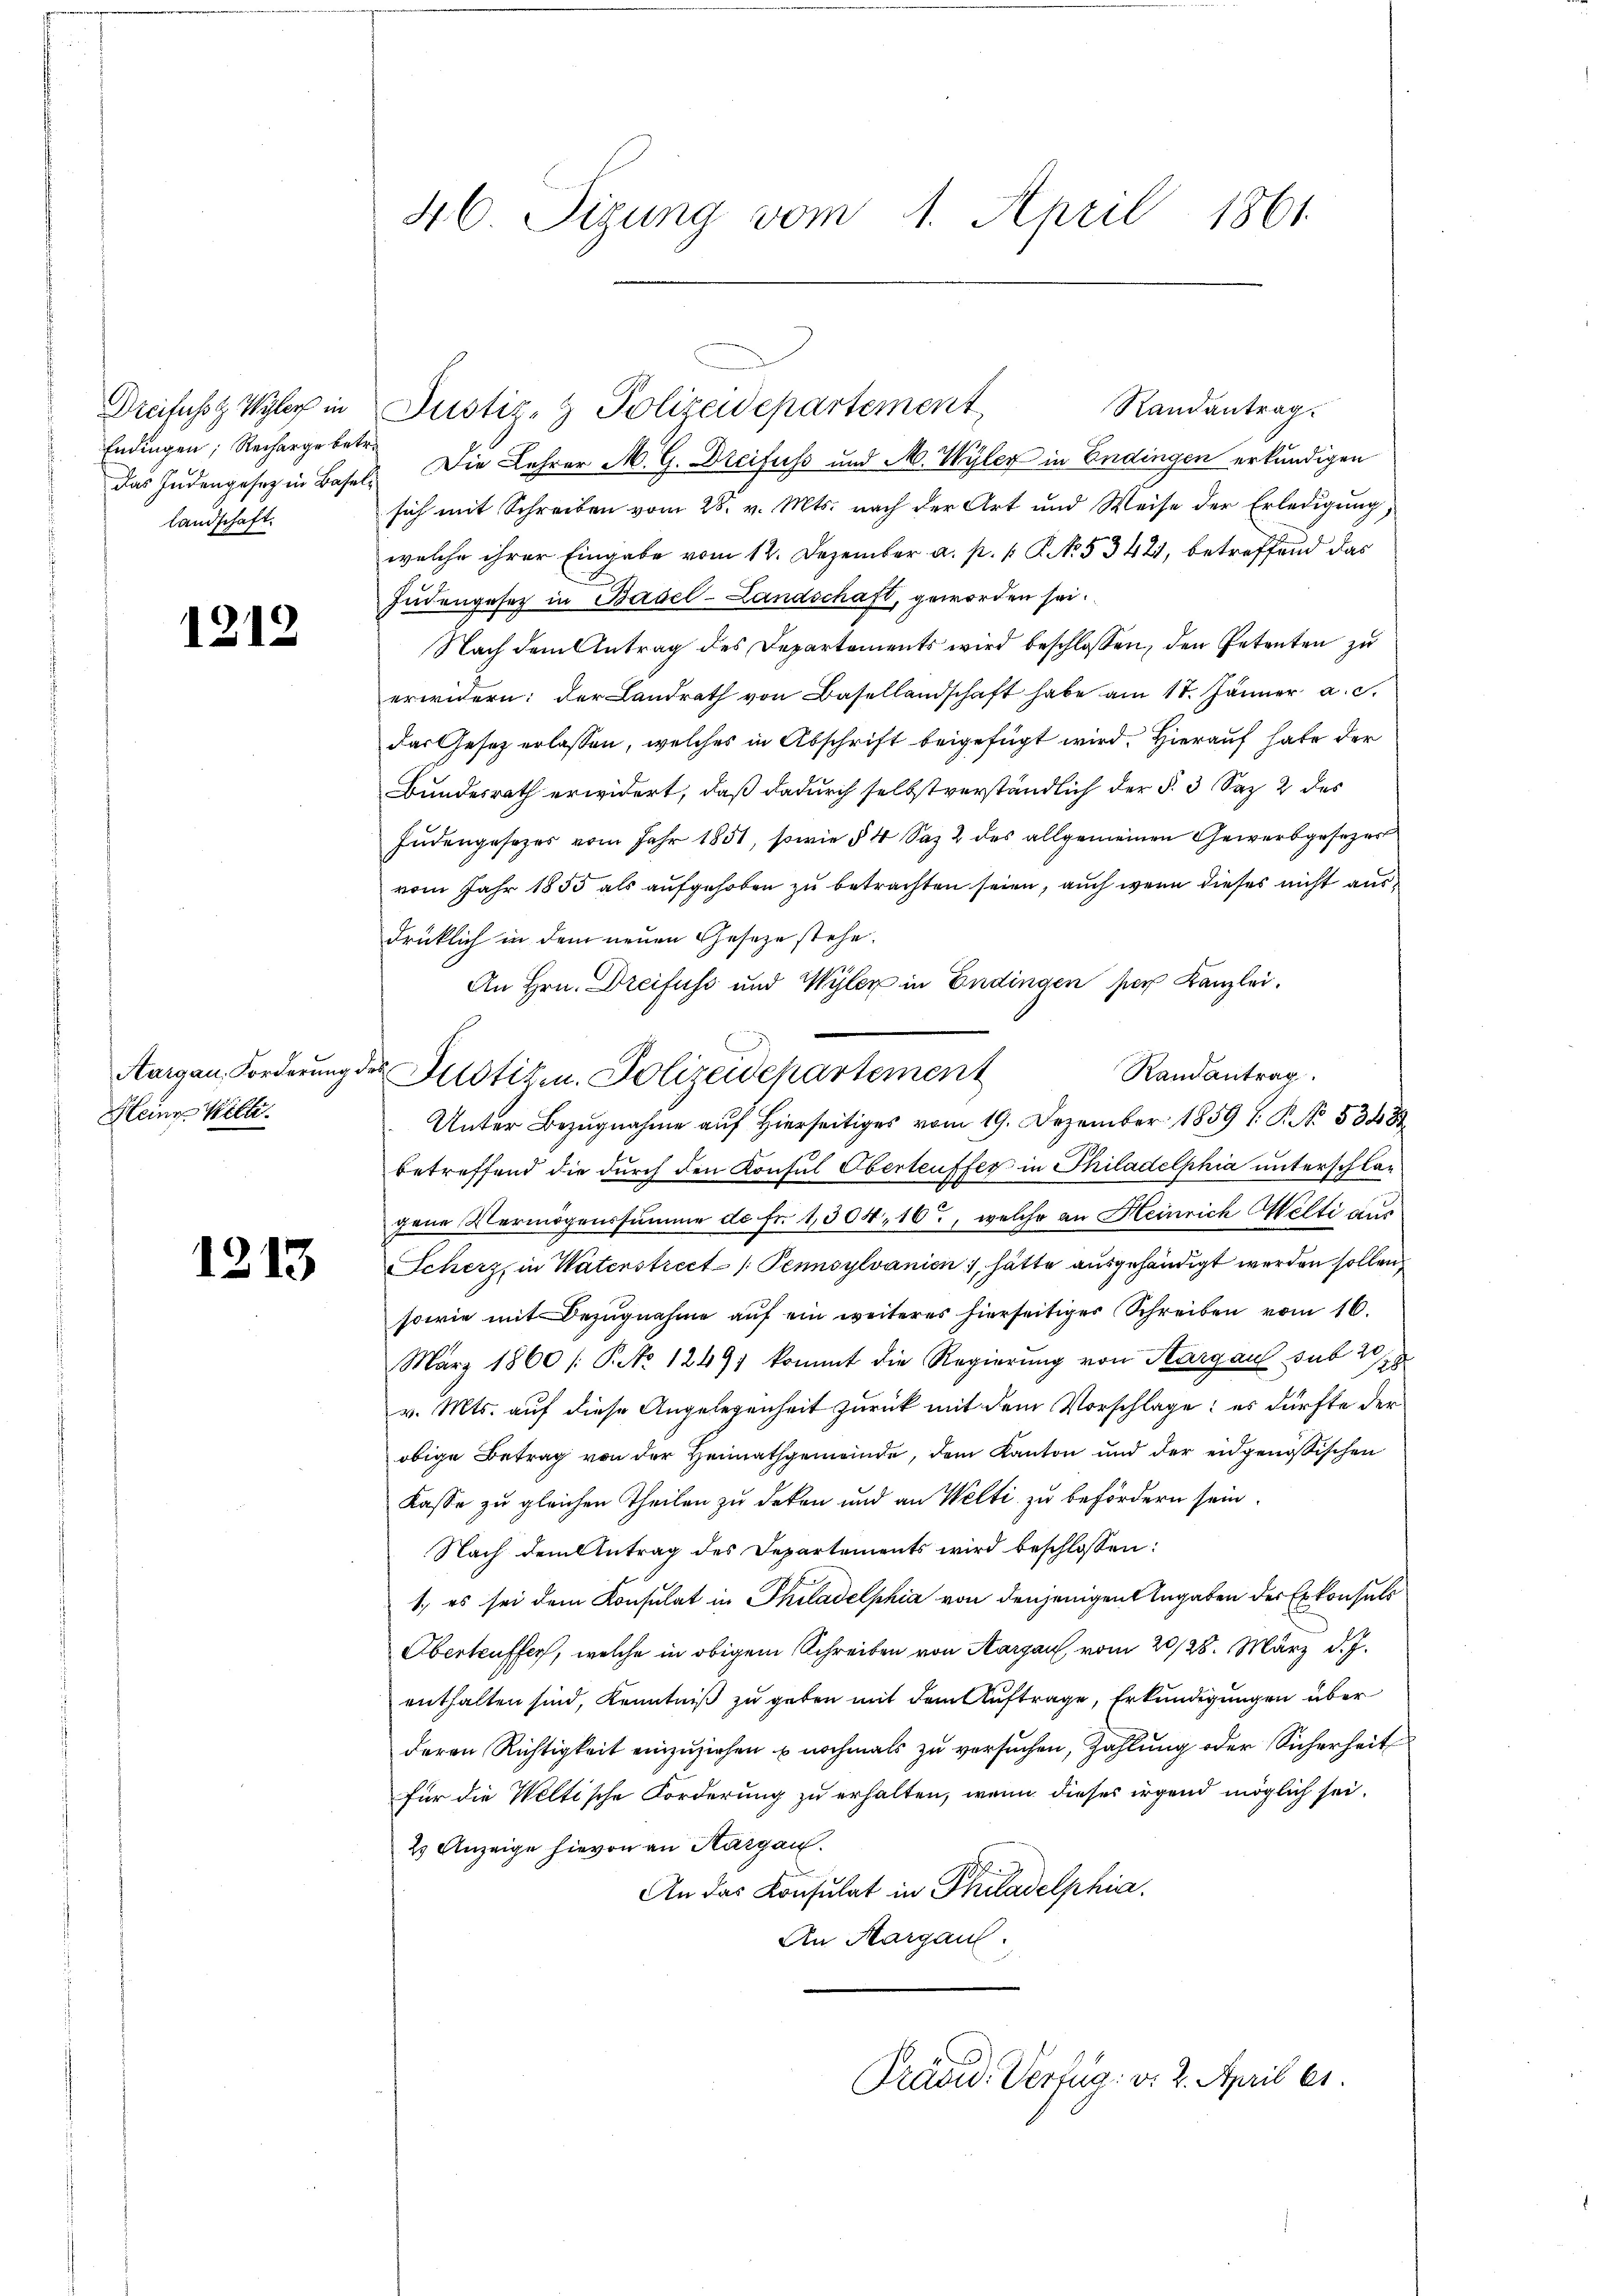
Dreifusst Wyler in
Endingen; Recharge bedas Indengesetz in Base
landschaft

1212

Aargau. Forderung.
Kleine Will

1213

46. Sizung vom 1. April 1861

Randantrag.
 Die Lehrer M. G. Dreifuss und M. Wyler in Endingen erkundigen
sich mit Schreiben vom 28. v. Mts. nach der Art und Weise der Erledigung,
welche ihrer Eingabe vom 12. Dezember a. p. P. No. 53421, betreffend das
Judengesetz in Basel-Landschaft, geworden sei.
Nach dem Antrag des Departements wird beschlossen, den Petenten zu
erwidern: der Landrath von Basellandschaft habe am 17. Jänner a. c.
das Gesetz erlassen, welches in Abschrift beigefügt wird. Hierauf habe der
Bundesrath erwidert, daß dadurch selbstverständlich der §. 3 Saz 2 des
Judengesezes vom Jahr 1851, sowie § 4 Saz 2 des allgemeinen Gewerbgesezer
vom Jahr 1855 als aufgehoben zu betrachten seien, auch wenn dieses nicht ausdrücklich in dem neuen Geseze stehe.
An Hrn. Dreifuss und Wyler in Endingen ser Kanzlei.
Randantrag.
r Justizen. Polizeidepartement
Unter Bezugnahme auf hierseitiges vom 19. Dezember 1859 ( P. No. 53483
betreffend die durch den Konsul Oberteuffer in Philadelphia unterschlag
gene Vermögenssumme de fr. 1304, 16, welche an Heinrich Welti aus
Scherz, in Vaterstrect /: Pennsylvanien, hätte ausgehändigt werden sollen
sowie mit Bezugnahme aŭf ein weiteres hierseitiger Schreiben vom 16.
März 1860 /: P. No 1249) kommt die Regierung von Aargau sub 28
v. Mts. auf diese Angelegenheit zurück mit dem Vorschlage: es dürfte der
obige Betrag von der Heimathgemeinde, dem Kanton und der eidgenössischen
Kasse zu gleichen Theilen zu deken und an Welti zu befördern sein.
Nach dem Antrag des Departements wird beschlossen:
1. es sei dem Konsulat in Philadelphia von denjenigen Angaben der Erkonsuls
Oberteuffer, welche in obigem Schreiben von Aargau vom 20/28. März d. J.
enthalten sind, Kenntniß zu geben mit dem Auftrage, Erkundigungen über
deren Richtigkeit einzuziehen u nochmals zu versuchen, Zahlung oder Sicherheit
für die Weltische Forderung zu erhalten, wenn dieses irgend möglich sei.
2 Anzeige hievon an Kargau.
An das Konsulat in Philadelphia
An Margau.

Justiz- & Polizeidepartement,

Präsid. Verfüg v. 2. April 11.